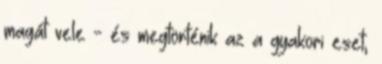
magát vele - és megtörténik az a gyakori eset,